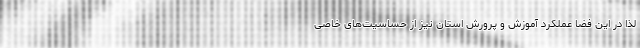
لذا در این فضا عملکرد آموزش‌ و پرورش استان نیز از حساسیت‌های خاصی